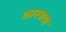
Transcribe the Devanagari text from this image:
कानबाया